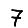
Digit: 7